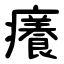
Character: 癢